Vaccination in Burma 1900-1911 - 1900-1911
Year: 1900
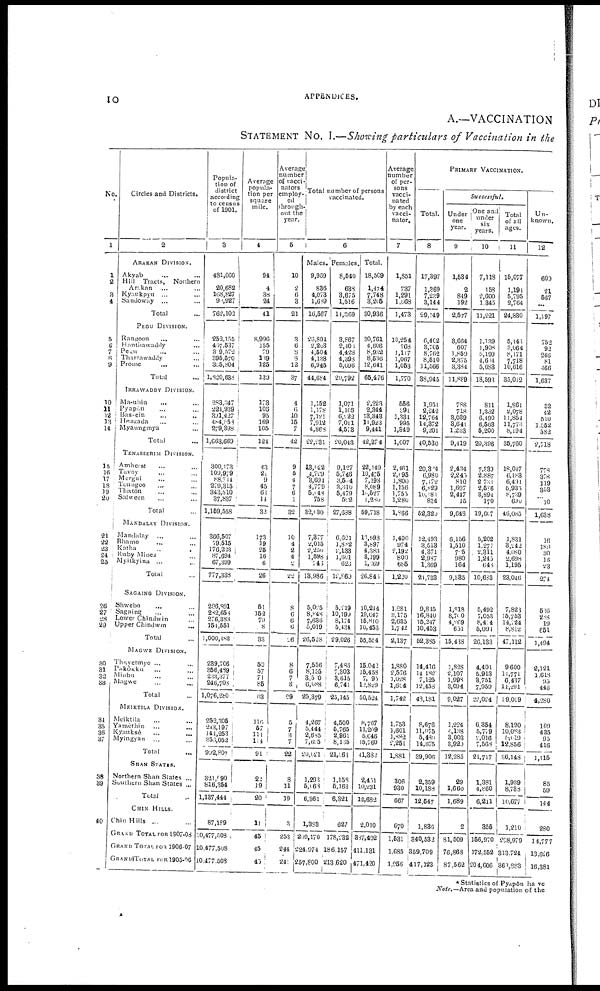
APPENDICES.
10
A.—VACCINATION
STATEMENT No. I.—Showing particulars of Vaccination in the
No.
1
1
2
3
4
5
6
7
8
9
10
11
12
13
14
15
16
17
18
19
20
21
22
23
24
25
26
27
28
29
30
31
32
33
34
35
36
37
38
39
40
Circles and Districts.
2
ARAKAN DIVISION.
Akyab ... ...
Hill Tracts, Northern
Arakan ... ...
Kyaukpyu ... ...
Sandoway ... ...
Total ...
PEGU DIVISION.
Rangoon ... ...
Hanthawadddy ...
Pegu ... ...
Tharrawaddy ...
Prome ... ...
Total ...
IRRAWADDY DIVISION.
Ma-uhin ... ...
Pyapôn ... ...
Bassein ... ...
Menzada ... ...
Myaungmya ... ...
Total ...
TENASSERIM DIVISION.
Amherst ... ...
Tavoy ... ...
Mergul ... ...
Tougoo ... ...
Thatôn ... ...
Salween ... ...
Total ...
MANDALAY DIVISION.
Mandalay
... ...
Bhamo ... ...
Katha ... ...
Ruby Mines ...
Myitkyina ...
Total ...
SAGAINO DIVISION.
Shwebo ... ...
Sagaine ... ...
Lower Chindwin ...
Upper Chindwin ...
Total ...
MAGWE DIVISION.
Thayetmyo ... ...
Pakôkku ... ...
Minbu ... ...
Magwe ...
Total ...
MEIKTILA DIVISION.
Meiktila ... ...
Yamèthin
...
...
Kyauksè ... ...
Myingyan ... ...
Total ...
SHAN STATES.
Northern Shan States ...
Southern Shan States ...
Total ...
CHIN HILLS.
Chin Hills ...
GRAND TOTAL FOR 1907-08
GRAND TOTAL FOR 1906-07
GRAND TOTAL FOR 1905-06
Popula-
tion of
district
according
to census
of 1901.
3
481,666
20,682
168,127
99,927
762,102
252,155
457,537
319,572
395,570
355,804
1,820,638
283,347
221,939
391,427
484,558
279,398
1,663,669
300,173
109,979
88,744
279,315
343,510
37,837
1,159,538
366,507
79,515
176,223
87,694
67,399
777,338
286,891
282,658
276,383
154,551
1,000,483
239,706
356,489
233,377
246,708
1,076,280
252,305
243,197
141,253
355,052
992,807
321,090
816,354
1,137,444
87,189
10,477,808
10,477,508
10,477,508
A verage
popula-
tion per
square
mile.
4
94
4
38
24
41
8,996
155
79
139
125
139
173
106
95
169
105
124
43
21
9
45
68
11
32
173
19
25
16
6
26
51
152
79
8
33
60
57
71
85
63
116
57
111
114
91
22
19
20
1 1
45
45
45
Average
number
of vacci
nators
employ-
ed
through
out the
year.
5
10
2
6
3
21
3
6
8
8
12
37
4
6
10
15
7
42
9
5
4
7
6
1
32
10
4
2
4
2
22
8
6
6
6
26
8
6
7
8
29
5
7
3
7
22
8
11
19
3
253
244
241
Total number of persons
vaccinated.
6
Males.
9,969
836
4,073
1,659
16,567
26,894
2,203
4,504
4,138
6,945
44,684
1,152
1,178
7,121
7,912
4,868
22,231
13,622
4,729
3,694
4,779
5,048
758
32,130
7,377
2,015
2,250
1,598
746
18,986
5,025
8,848
7,636
5,019
26,628
7,556
8,155
3,510
6,688
25,379
4,267
5,444
2,685
7,625
20,021
1,293
5,063
6,361
1,383
209,170
224,974
257,800
Females.
8,540
638
3,675
1,516
14,369
3,867
2,403
4,428
4,398
5,696
20,792
1,071
1,166
6,222
7,011
4,573
20,043
9,127
5,746
3,504
3,310
5,479
512
27,688
6,621
1,882
2,133
1,661
623
12,860
5,219
10,190
8,174
5,434
29,026
7,438
7,303
3,615
6,741
25,145
4,500
5,765
2,961
8,135
21,361
1,153
5,163
6,321
627
178,232
186,157
213,620
Total.
18,569
1,474
7,748
3,205
30,936
30,761
4,606
8,932
8,536
12,641
65,476
2,223
2,344
13,343
11,923
9,441
42,274
22,149
10,475
7,198
8,089
l5,527
1,280
59,718
13,993
3,897
4,383
3,199
1,369
26,846
10,214
19,047
15,810
10,453
55,554
15,042
15,453
7,093
12,829
50,524
8,767
11,209
5,646
15,760
41,382
2,451
10,231
12,682
2,010
327,402
411,131
471,420
Average
number
of per-
sons
vacci-
nated
by each
vacci-
nator.
7
1,851
737
1,291
1,668
1,473
10,254
768
1,117
1,067
1,053
1,770
556
391
1,334
995
1,349
1,007
2,461
2,095
1,800
1,156
1,755
1,280
1,866
1,400
974
2,192
800
685
1,220
1,281
3,175
2,635
1,742
2,137
1,880
2,576
1,028
1,604
1,742
1,753
1,601
1,882
2,251
1,881
306
930
667
670
1,531
1,685
1,956
PRIMARY VACCINATION.
Total.
8
17,397
1,369
7,239
3,144
29,149
6,402
3,705
8,762
8,510
11,566
38,945
1,951
2,242
12,764
14,372
9,201
40,530
20,324
6,980
7,172
6,829
10,181
834
52,320
12,493
3,513
4,371
2,987
1,369
24,733
9,815
16,810
15,247
10,453
52,335
14,416
14,182
7,125
12,453
43,181
8,676
11,075
5,480
14,675
39,906
2,359
10,188
12,547
1,830
340,532
359,709
417,123
Successful.
Under
one
year.
9
1,534
2
849
192
2,577
3,664
607
1,859
2,375
3,384
11,889
788
718
3,039
3,641
1,233
9,419
2,434
2,245
810
1,697
2,447
15
9,648
6,156
1,510
705
980
164
9,585
1,818
8,700
4,269
651
15,438
1,828
2,107
1,998
3,094
9,027
1,224
4,138
3,003
3,920
12,285
29
1,660
1,689
2
81,509
76,868
87,562
One and
under
six
years.
10
7,118
158
2,600
1,345
11,221
1,139
1,908
5,199
4,654
5,683
18,593
811
1,332
6,490
6,563
5,200
20,396
7,339
2,887
2,731
2,586
3,891
170
19,667
5,202
1,277
2,311
1,245
648
10,683
5,492
7,053
8,424
5,091
26,133
4,401
5,913
3,751
7,959
22,024
6,354
5,779
7,016
7,563
21,717
1,381
4,860
6,211
355
166,970
172,552
204,606
Total
of all
ages.
11
15,077
1,191
5,795
2,764
24,830
5,443
3,064
8,171
7,718
10,616
35,012
1,861
2,078
11,854
11,773
8,194
35,760
18,047
6,183
6,491
6,935
8,739
600
46,085
1,831
3,242
4,080
2,698
1,195
23,046
7,823
15,753
14,724
8,812
47,112
9,600
11,771
6,437
11,291
39,099
8,190
10,083
5,019
12,856
36,143
1,939
8,733
10,677
1,210
298,979
313,724
363,883
Un-
known.
12
609
21
567
...
1,197
752
92
246
81
466
1,637
32
42
510
1,552
582
2,718
778
378
119
353
... 10
1,638
16
189
30
16
23
274
536
288
19
651
1,494
2,121
1,613
95
446
4,280
169
435
95
416
1,115
85
59
144
280
14,777
13,626
16,381
* Statistics of Pyapôn have
Note.—Area and population of the